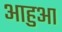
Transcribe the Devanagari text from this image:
आहुआ